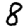
Digit: 8